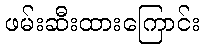
ဖမ်းဆီးထားကြောင်း